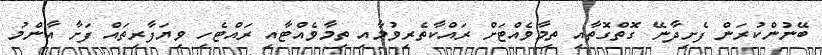
ބޭނުންކުރަން ފެށިދާނޭ ގޮތްގޮތާއި ތިމާވެއްޓަށް ރައްކާތެރިވުމާއި ތިމާވެއްޓާއި ރައްޓެހި ވިޔަފާރިތައް ފަށާ އާންމު